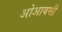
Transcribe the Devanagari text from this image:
ओआयसी